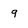
Character: 9